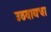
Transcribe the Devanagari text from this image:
उठवायचा